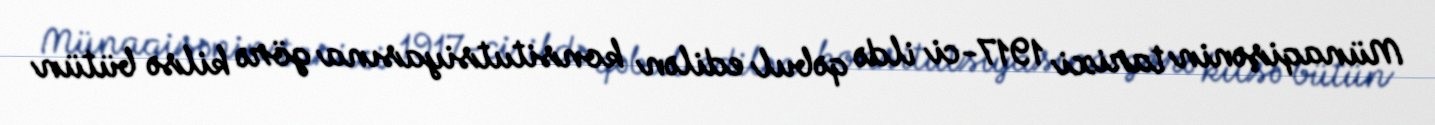
Münaqişənin tarixi 1917-ci ildə qəbul edilən konsitutsiyasına görə kilsə bütün